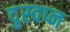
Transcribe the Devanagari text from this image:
दुस्वप्न